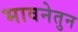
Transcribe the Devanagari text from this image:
भावनेतुन